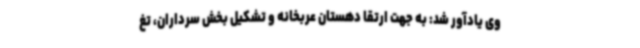
وی یادآور شد: به جهت ارتقا دهستان عربخانه و تشکیل بخش سرداران، تغ